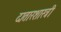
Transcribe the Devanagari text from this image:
दातारशास्त्री